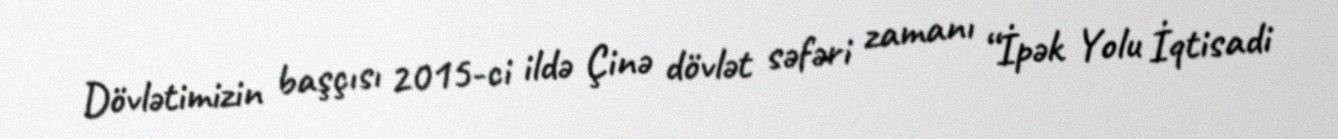
Dövlətimizin başçısı 2015-ci ildə Çinə dövlət səfəri zamanı “İpək Yolu İqtisadi